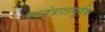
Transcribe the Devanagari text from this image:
स्वतंत्रातापूर्वक